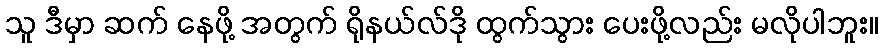
သူ ဒီမှာ ဆက် နေဖို့ အတွက် ရိုနယ်လ်ဒို ထွက်သွား ပေးဖို့လည်း မလိုပါဘူး။